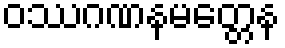
ဝဿဂဏနမတ္တေန